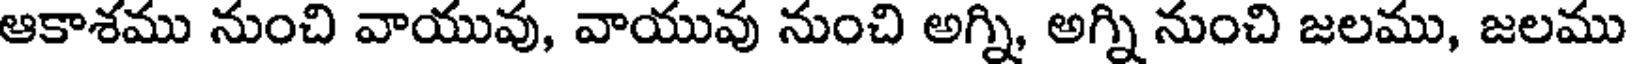
ఆకాశము నుంచి వాయువు, వాయువు నుంచి అగ్ని, అగ్ని నుంచి జలము, జలము